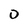
Character: 0